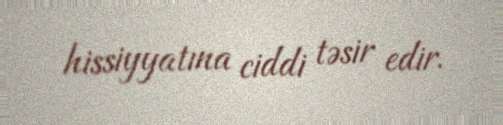
hissiyyatına ciddi təsir edir.